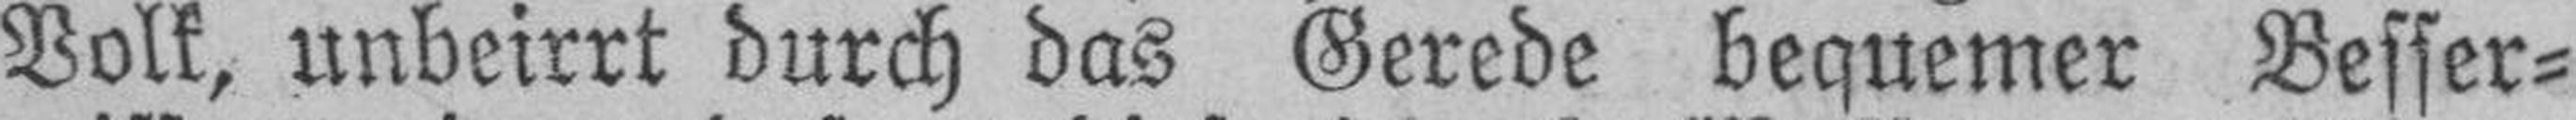
Volk, unbeirrt durch das Gerede bequemer Besser¬